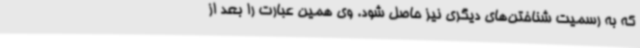
که به رسمیت شناختن‌های دیگری نیز حاصل شود. وی همین عبارت را بعد از